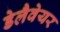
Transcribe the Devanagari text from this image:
डेलैवेयर